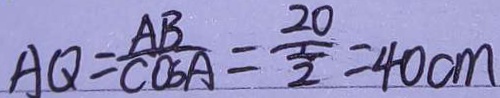
A Q = \frac { A B } { C O S A } = \frac { 2 0 } { \frac { 1 } { 2 } } = 4 0 c m